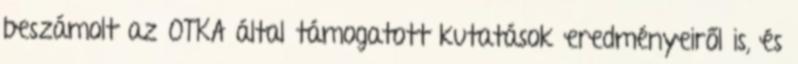
beszámolt az OTKA által támogatott kutatások eredményeiről is, és